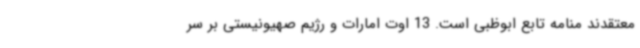
معتقدند منامه تابع ابوظبی است. 13 اوت امارات و رژیم صهیونیستی بر سر